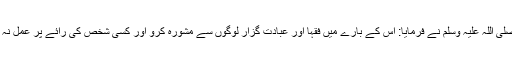
آپ صلی اللہ علیہ وسلم نے فرمایا: اس کے بارے میں فقہا اور عبادت گزار لوگوں سے مشورہ کرو اور کسی شخص کی رائے پر عمل نہ کرو۔